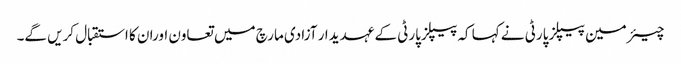
چیئرمین پیپلز پارٹی نے کہا کہ پیپلزپارٹی کے عہدیدار آزادی مارچ میں تعاون اوران کا استقبال کریں گے۔